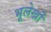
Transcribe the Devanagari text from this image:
भूलेखों